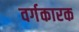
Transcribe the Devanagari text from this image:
वर्गकारक